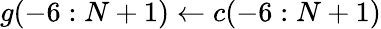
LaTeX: g(-6:N+1)\gets c(-6:N+1)